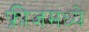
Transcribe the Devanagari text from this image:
फ्रीजमध्ये